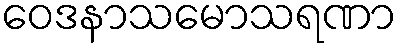
ဝေဒနာသမောသရဏာ